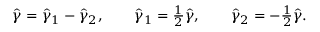
\begin{array} { r } { \hat { \gamma } = \hat { \gamma } _ { 1 } - \hat { \gamma } _ { 2 } , \quad \quad \hat { \gamma } _ { 1 } = \frac { 1 } { 2 } \hat { \gamma } , \quad \quad \hat { \gamma } _ { 2 } = - \frac { 1 } { 2 } \hat { \gamma } . } \end{array}